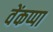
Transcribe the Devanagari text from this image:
वेंकप्पा